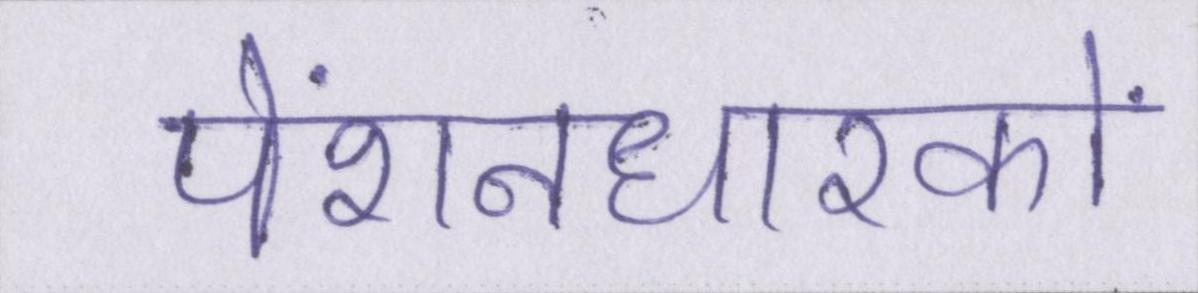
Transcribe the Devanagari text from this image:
पेंशनधारकों